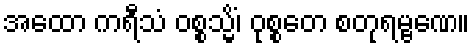
အထော ကရီသံ ဝစ္စသ္မိံ၊ ဝုစ္စတေ စတုရမ္ဗဏေ။